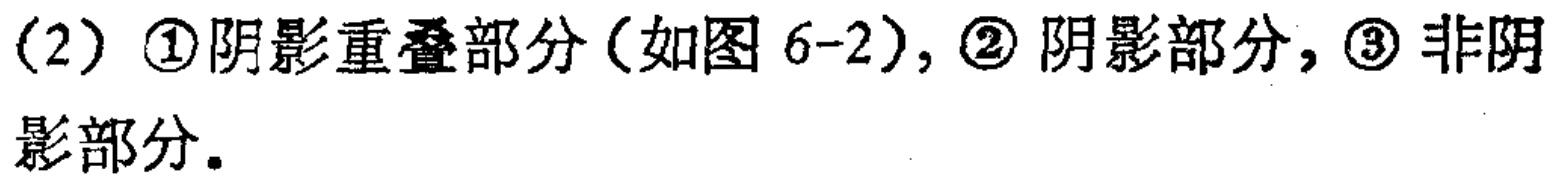
(2) \textcircled{1}阴影重叠部分(如图 6-2), \textcircled{2} 阴影部分, \textcircled{3} 非阴影部分.